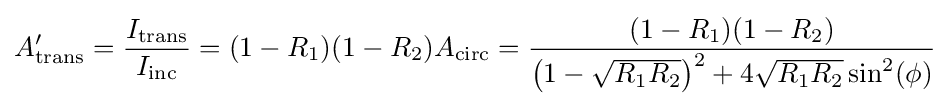
A_{\text{trans}}^{\prime }={\frac {I_{\text{trans}}}{I_{\text{inc}}}}=(1-R_{1})(1-R_{2})A_{\text{circ}}={\frac {(1-R_{1})(1-R_{2})}{\left({1-{\sqrt {R_{1}R_{2}}}}\right)^{2}+4{\sqrt {R_{1}R_{2}}}\sin ^{2}(\phi )}}